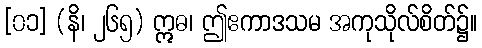
[၀၁] (နိ၊ ၂၆၅) ဣဓ၊ ဤဧကာဒသမ အကုသိုလ်စိတ်၌။